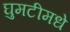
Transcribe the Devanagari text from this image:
घुमटीमधे